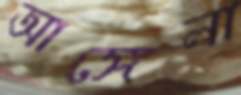
আঙ্গেলা